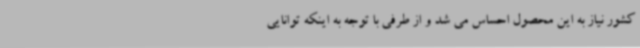
کشور نیاز به این محصول احساس می شد و از طرفی با توجه به اینکه توانایی